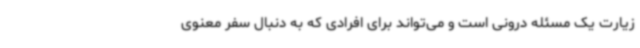
زیارت یک مسئله درونی است و می‌تواند برای افرادی که به دنبال سفر معنوی